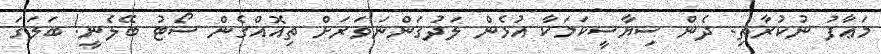
މަޢާފު ނުކުރާތި. ދެން ސިޔާސީކަމަކާ އުޅެން ލަދުގަންނަވަރަށް ތިއޮއްގެން ސޯޓު ބޭލެނީ! ބަލަގަ